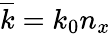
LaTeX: \overline{{k}}=k_{0}n_{x}